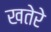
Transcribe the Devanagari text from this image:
खतेरे